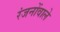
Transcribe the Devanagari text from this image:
रंजनोंवाले